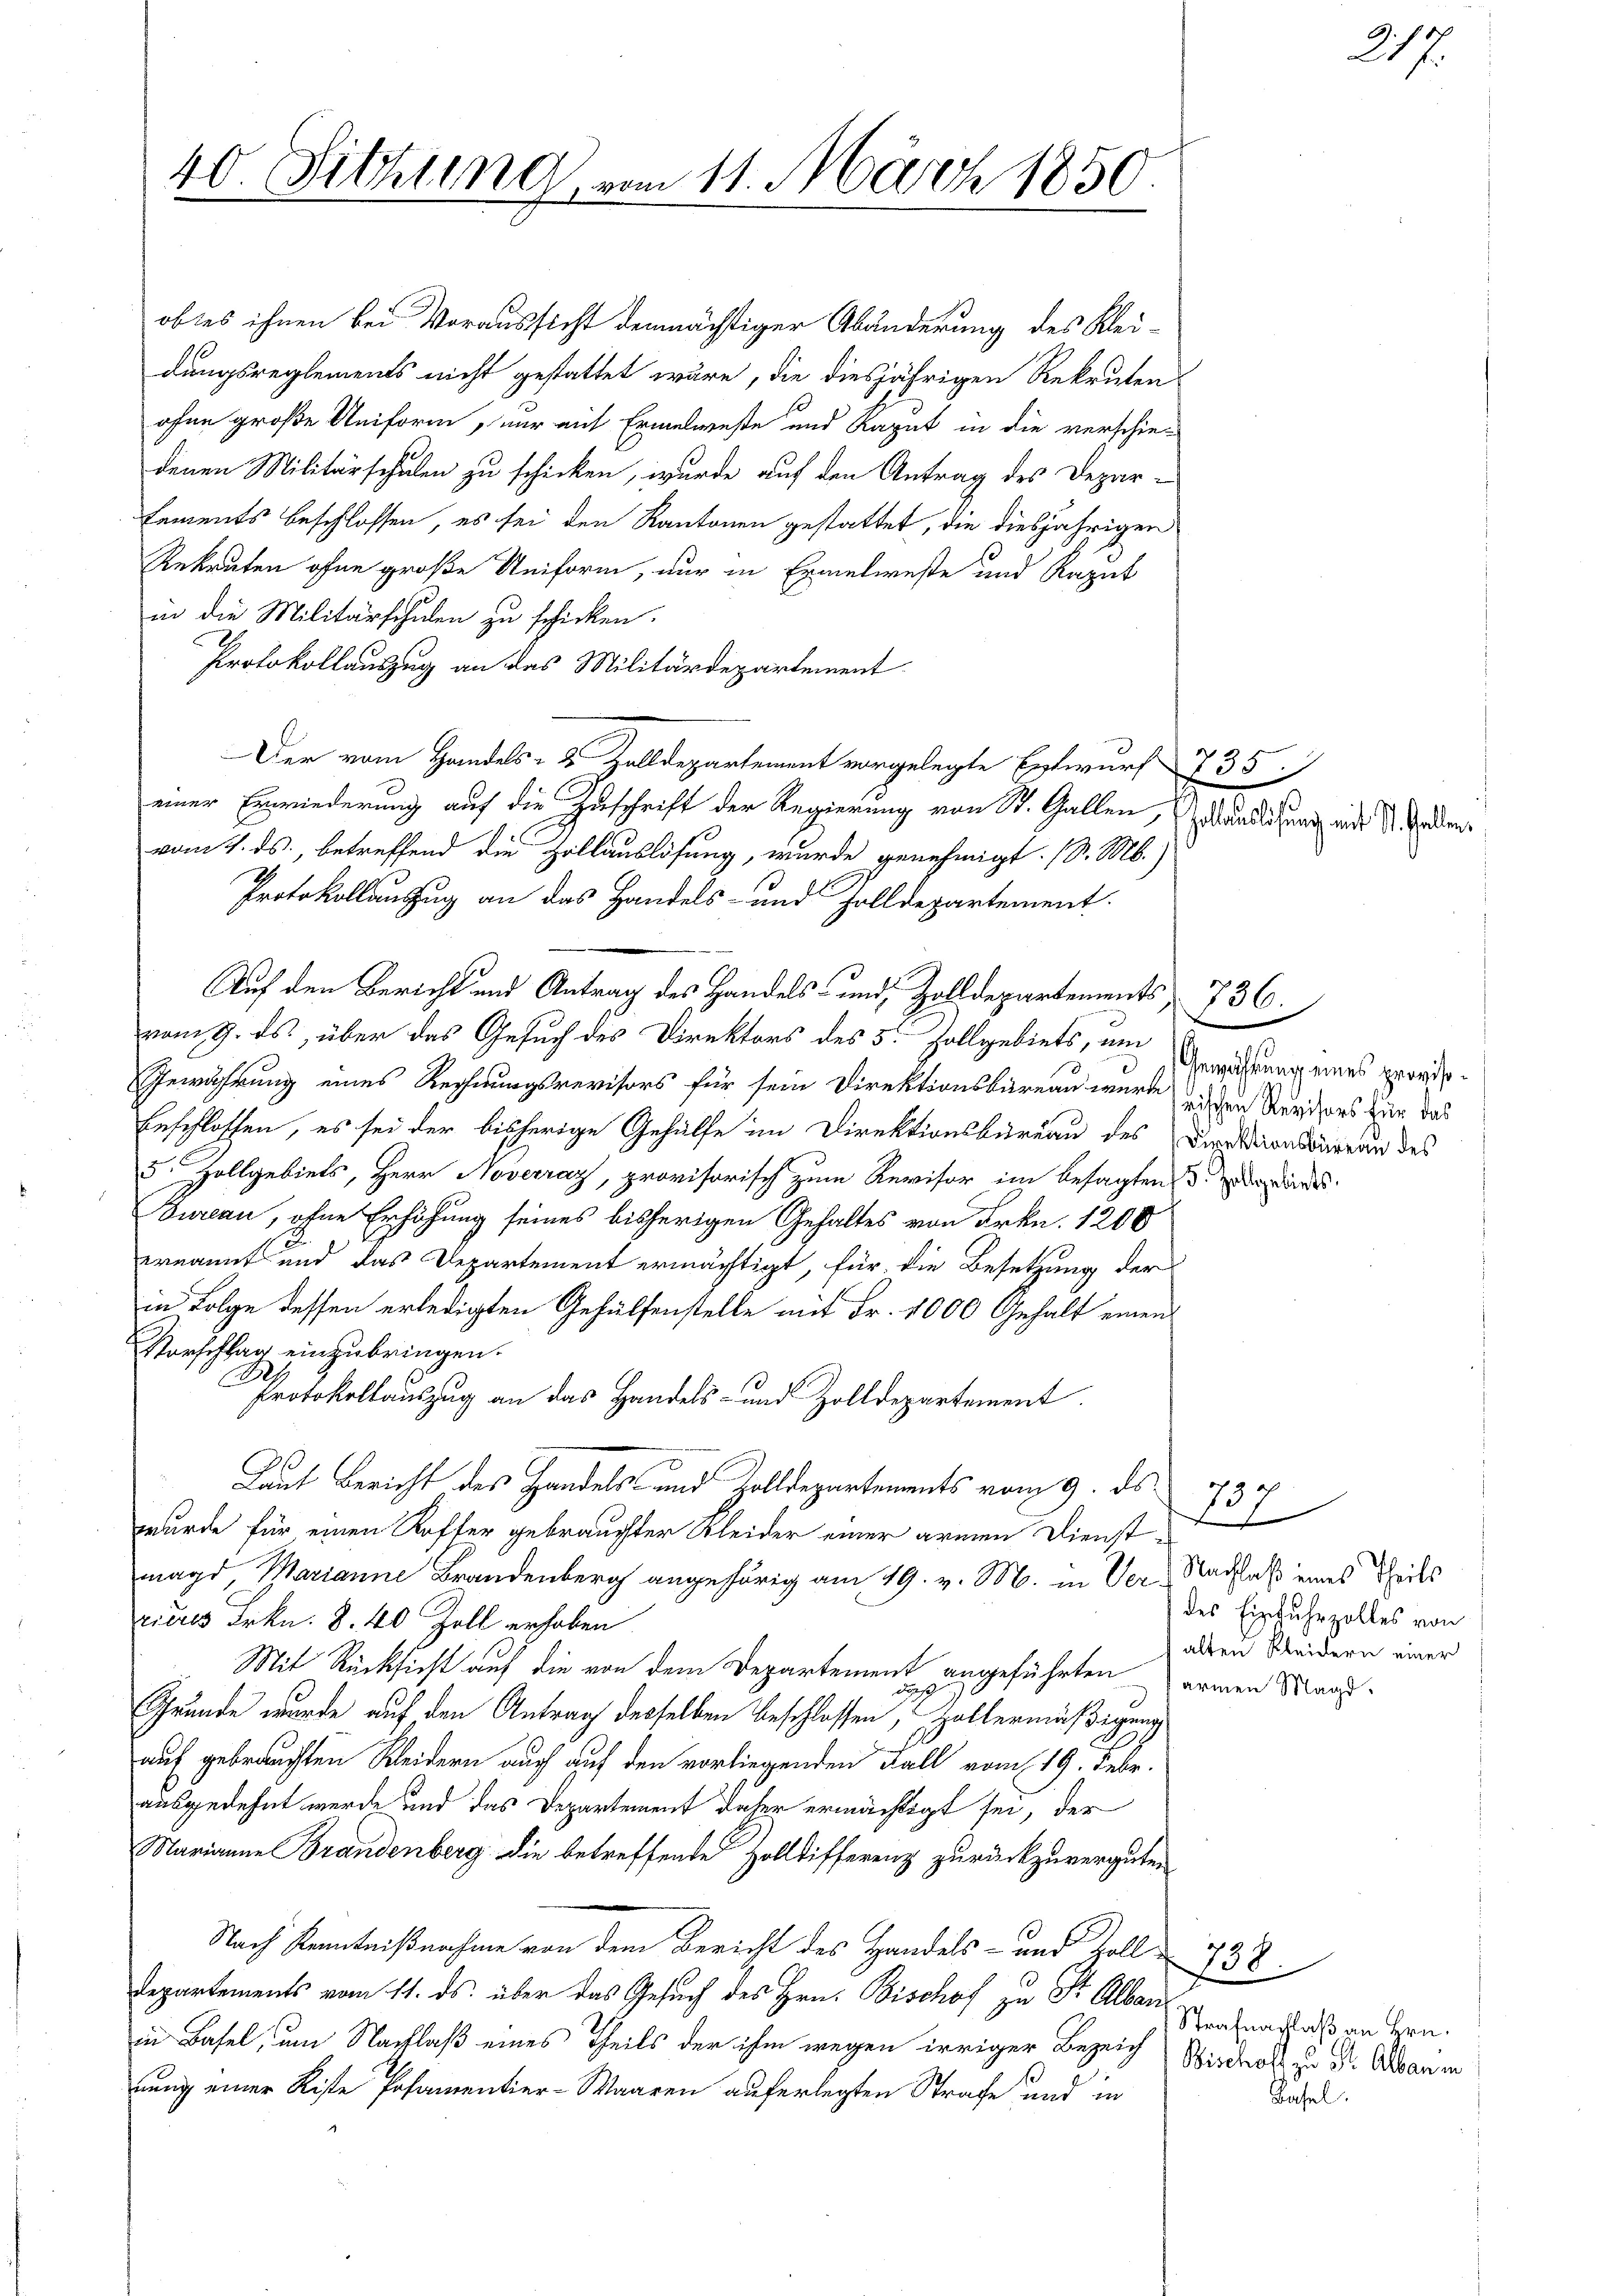
40. Sitzung

obtes ihnen bei Voraussicht demnächstiger Abänderung des Kleidungsreglements nicht gestattet wäre, die diesjährigen Rekruten
ohne große Uniform, nur mich Ermelweste und Kaput in die verschie-
denen Militärschulen zu schicken, wurde auf den Antrag des Depar-
Lements beschlossen, es sei den Kantonen gestattet, die diesjährigen
Rekruten ohne große Uniform, nur in Ermelweste und Kaput
in die Militärschulen zu schicken.
Protokollauszug an das Militärdepartement
Der von Handes Zolldepartement vorgelegte Entwurf 735
einer Erwiederung auf die Zuschrift der Regierung von St. Gallen,
.
vom 4. ds., betreffend die Hollauslösung, wurde genehmigt. (S. M.)
Protokollauszug an das Handels- und Zolldepartement.
Auf den Bericht und Antrag des Handels- und Zolldepartements 736.
vom 9. ds., über das Gesuch des Direktors des 5 Zollgebiets, um
Gewährung eines Rechnungsrevisors für sein Direktionsbüreau wurde in den Revisors für das
beschlossen, es sei der bisherige Gehülfe im Direktionsbüreau des Dankaonkurren des
5. Zollgebiets, Herr Noverraz, provisorisch zum Revisor im besagten & dadur
Bureau, ohne Erhöhung seines bisherigen Gehaltes von Frkn. 1200
ernannt und das Departement ermächtigt, für die Besetzung der
in Folge dessen erledigten Gehülfenstelle mit Fr. 1000 Gehalt einen
Vorschlag einzubringen.
x
Protokollauszug an das Handels- und Zolldepartement.
Laut Bericht des Handels- und Zolldepartements vom 9. ds
wurde für einen Koffer gebrauchter Kleider einer armen Dienstmagd, Marianne Brandenberg angehörig am 19. v. M. in Ver-Nachlaß eines Theils
rieres Frkn. 8. 40 Zoll erhoben
Mit Rücksicht auf die von dem Departement angeführten armen Maas¬
Grunde wurde auf den Antrag desselben beschlossen, Hallermäßigung
auf gebrauchten Kleidern auch auf den vorliegenden Fall vom 19. Febr.
ausgedehnt werde und das Departement daher ermächtigt sei, der
Narianne Brandenberg die betreffende Zolldifferenz zurückzuvergüten
Nach Kenntnißnahme von dem Bericht des Handels- und Zoll 738.
Departements vom 11. ds. über das Gesuch des Hrn. Bischof zu Fr. Alban
in Basel, um Nachlaß eines Theils der ihm wegen irriger Bezeich Siebot zu Dr. Organi
nung einer Kiste Posamentier-Waaren auferlegten Strafe und in

am 11. März 1850

217.

Hollauslösung mit St. Gallen

Gewährung eines proviso¬

75

des Einfuhrzolles von
alten Kleidern einer

Strafnachlaß an Hrn.
Basel.